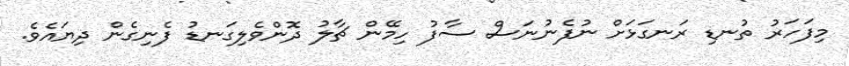
މިފަހަރު ތުނޑި ރަނގަޅަށް ނުފެނުނަސް ސާފު ހިމޭން ޗާލު ދޮންވެލިގަނޑު ފެނިގެން ދިޔައެވެ.